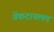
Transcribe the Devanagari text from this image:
वेंकटाचलम